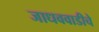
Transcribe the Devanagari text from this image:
जाधववाडीचे